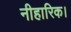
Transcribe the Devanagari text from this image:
नीहारिक।